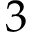
3